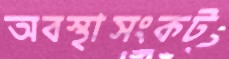
অবস্থাসংকট